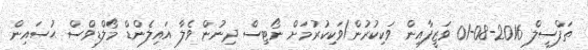
ތަފްސީލް 2016-08-01 ވަޒީފާއިން ވަކިކުރުން/ވަކިކުރުމަށް ނޯޓިސް ދިނުން ވެލާ އައިލެންޑް މޯލްޑިވްސް ޙުސައިން